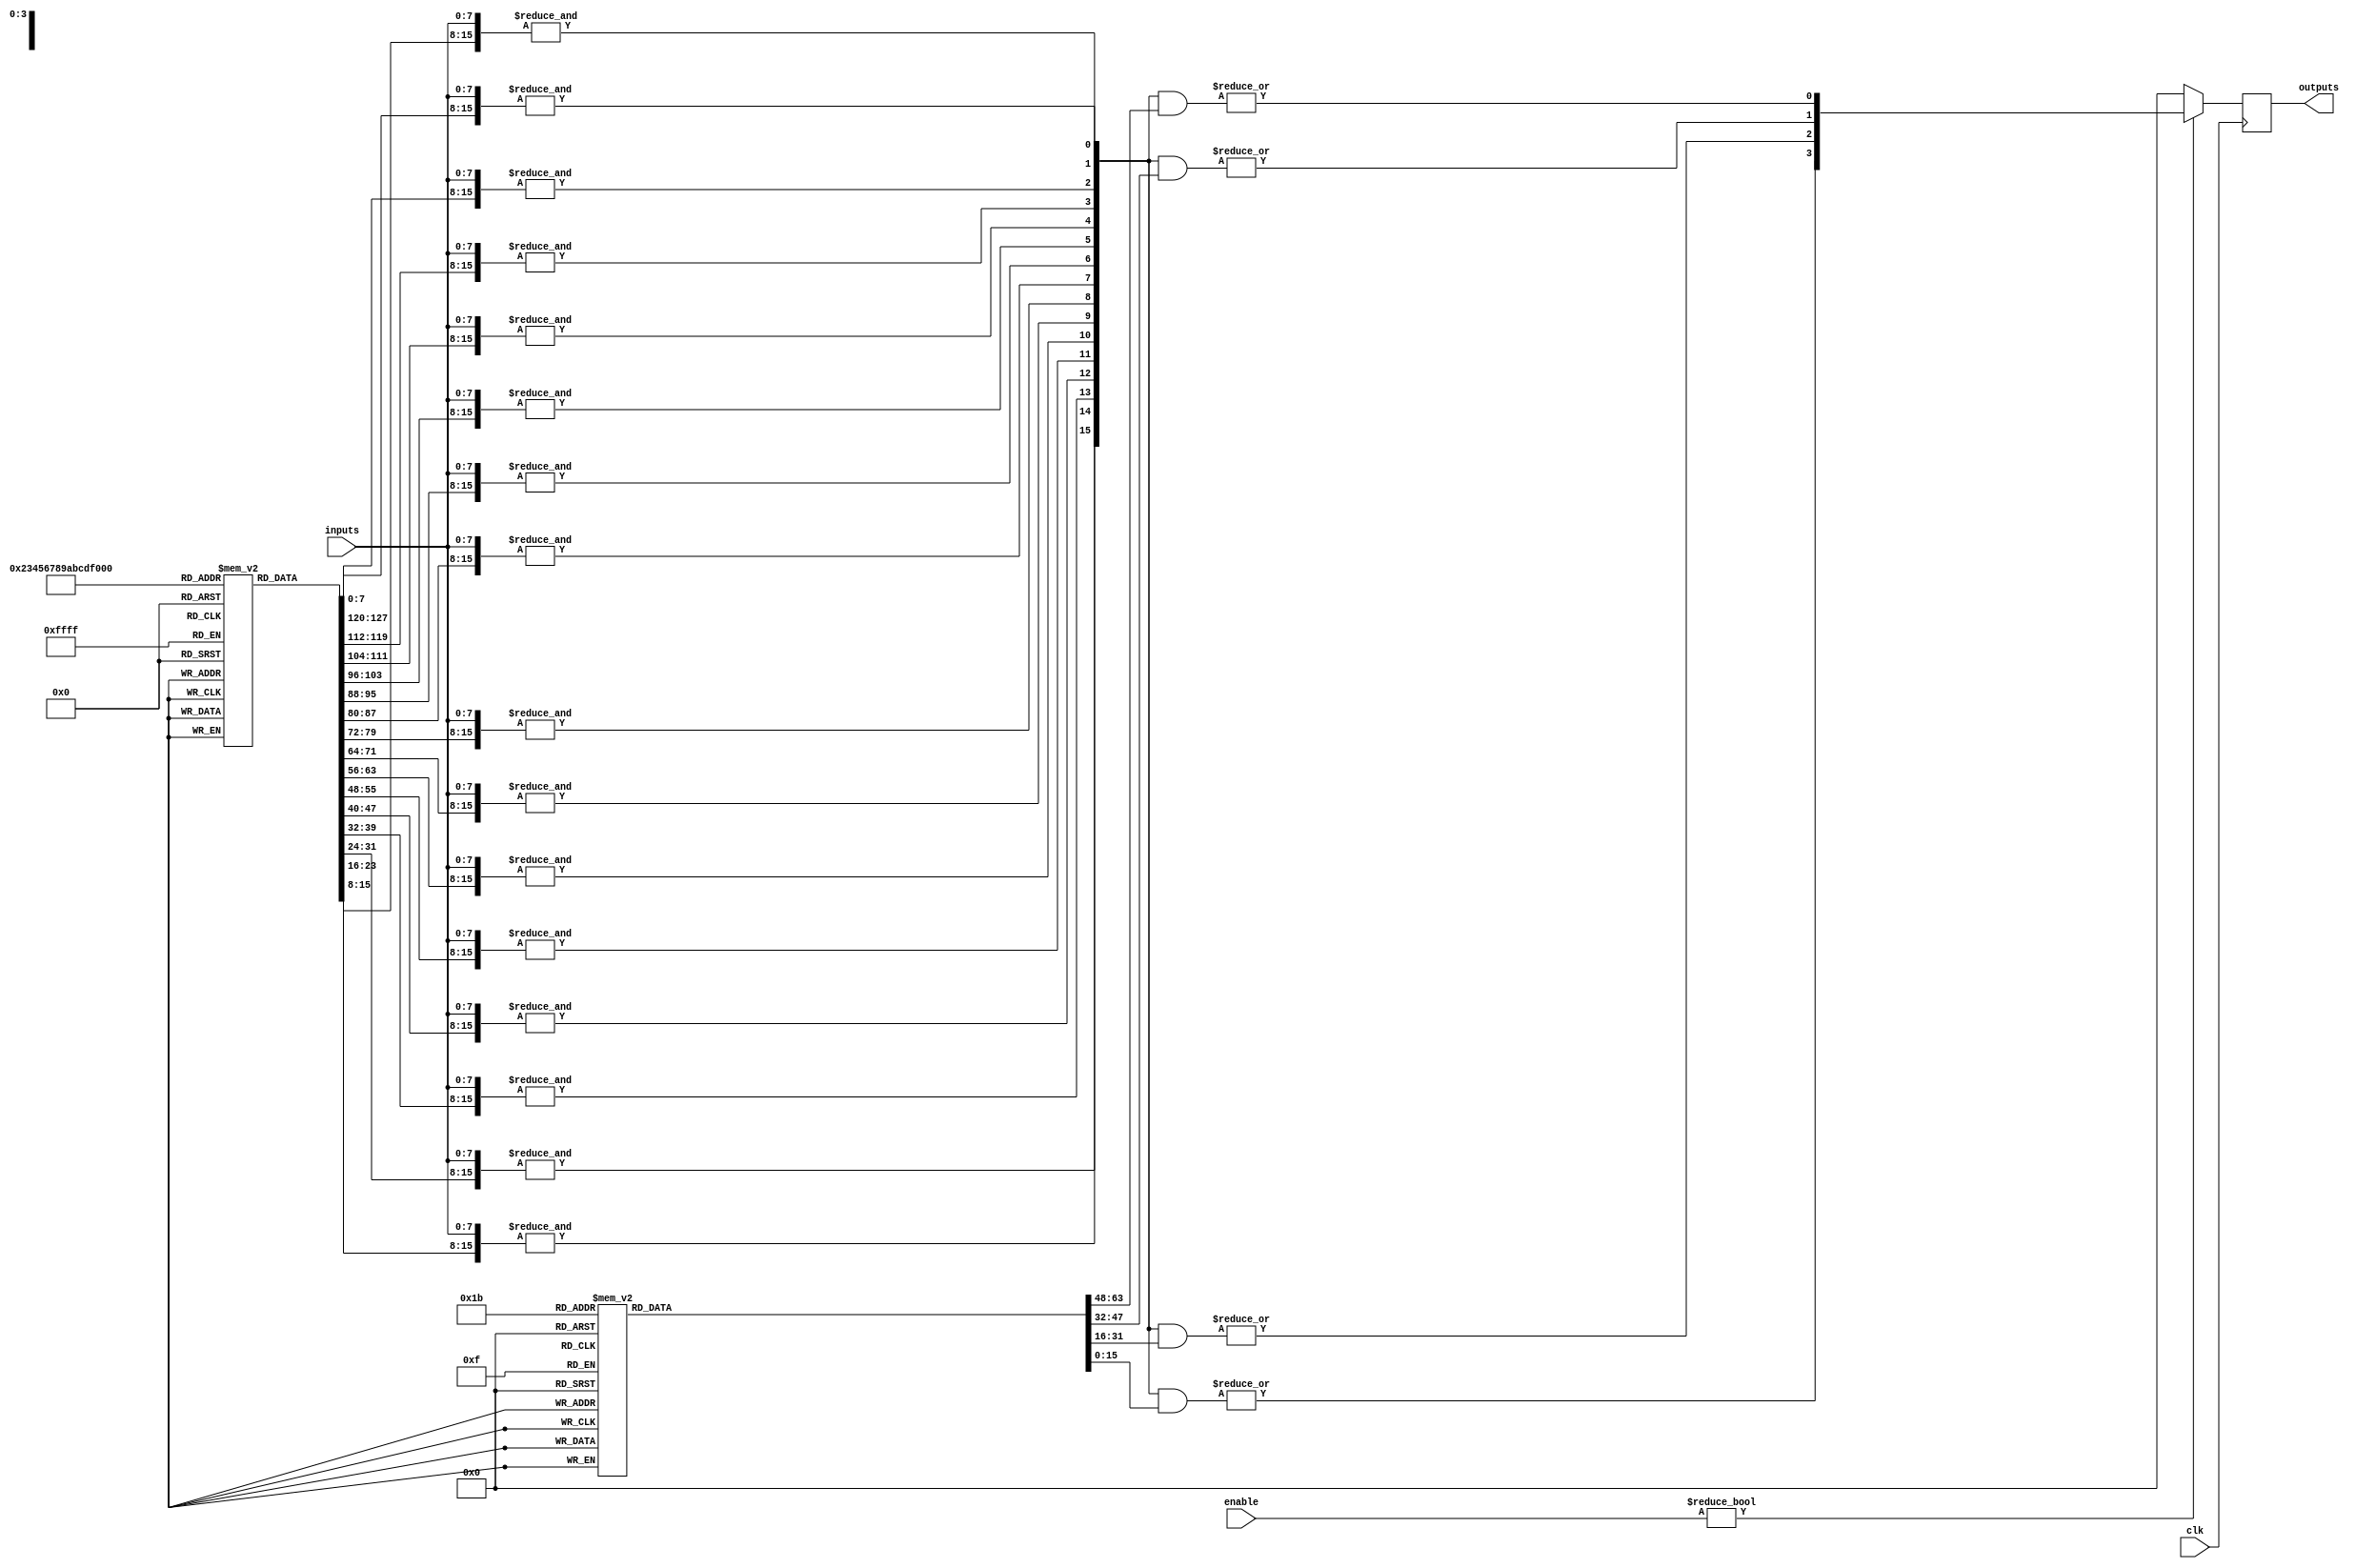
module CLB (
    input wire [N-1:0] inputs,        // N input signals
    input wire [M-1:0] enable,        // M enable signals
    input wire clk,                   // Clock signal for timing control
    output reg [P-1:0] outputs        // P output signals
);
    parameter N = 8;                  // Number of inputs
    parameter M = 4;                  // Number of enable signals
    parameter P = 4;                  // Number of outputs
    parameter AND_GATE_COUNT = 16;    // Number of AND gates
    parameter OR_GATE_COUNT = 4;      // Number of OR gates

    // Internal signals for AND and OR planes
    wire [AND_GATE_COUNT-1:0] and_out; // Outputs from AND gates
    wire [OR_GATE_COUNT-1:0] or_out;   // Outputs from OR gates

    // Configuration memory for AND gates (example)
    reg [N-1:0] and_config [0:AND_GATE_COUNT-1]; // Configuration for AND gates

    // Configuration memory for OR gates (example)
    reg [AND_GATE_COUNT-1:0] or_config [0:OR_GATE_COUNT-1]; // Configuration for OR gates

    // AND Plane: Generate outputs based on input combinations
    genvar i;
    generate
        for (i = 0; i < AND_GATE_COUNT; i = i + 1) begin : and_gate
            assign and_out[i] = &({inputs, and_config[i]}); // AND gate logic
        end
    endgenerate

    // OR Plane: Combine outputs from AND gates
    genvar j;
    generate
        for (j = 0; j < OR_GATE_COUNT; j = j + 1) begin : or_gate
            assign or_out[j] = |(and_out & or_config[j]); // OR gate logic
        end
    endgenerate

    // Output Logic with Enable Signals
    always @(posedge clk) begin
        if (enable) begin
            outputs <= or_out; // Update outputs based on OR gate results
        end else begin
            outputs <= 0; // Disable outputs when enable is low
        end
    end

    // Initialization of configuration memory (example)
    initial begin
        // Example configuration for AND gates
        and_config[0] = 8'b00000001; // AND gate 0
        and_config[1] = 8'b00000010; // AND gate 1
        // ... Initialize other AND gates

        // Example configuration for OR gates
        or_config[0] = 16'b0000000000000001; // OR gate 0
        or_config[1] = 16'b0000000000000010; // OR gate 1
        // ... Initialize other OR gates
    end

endmodule